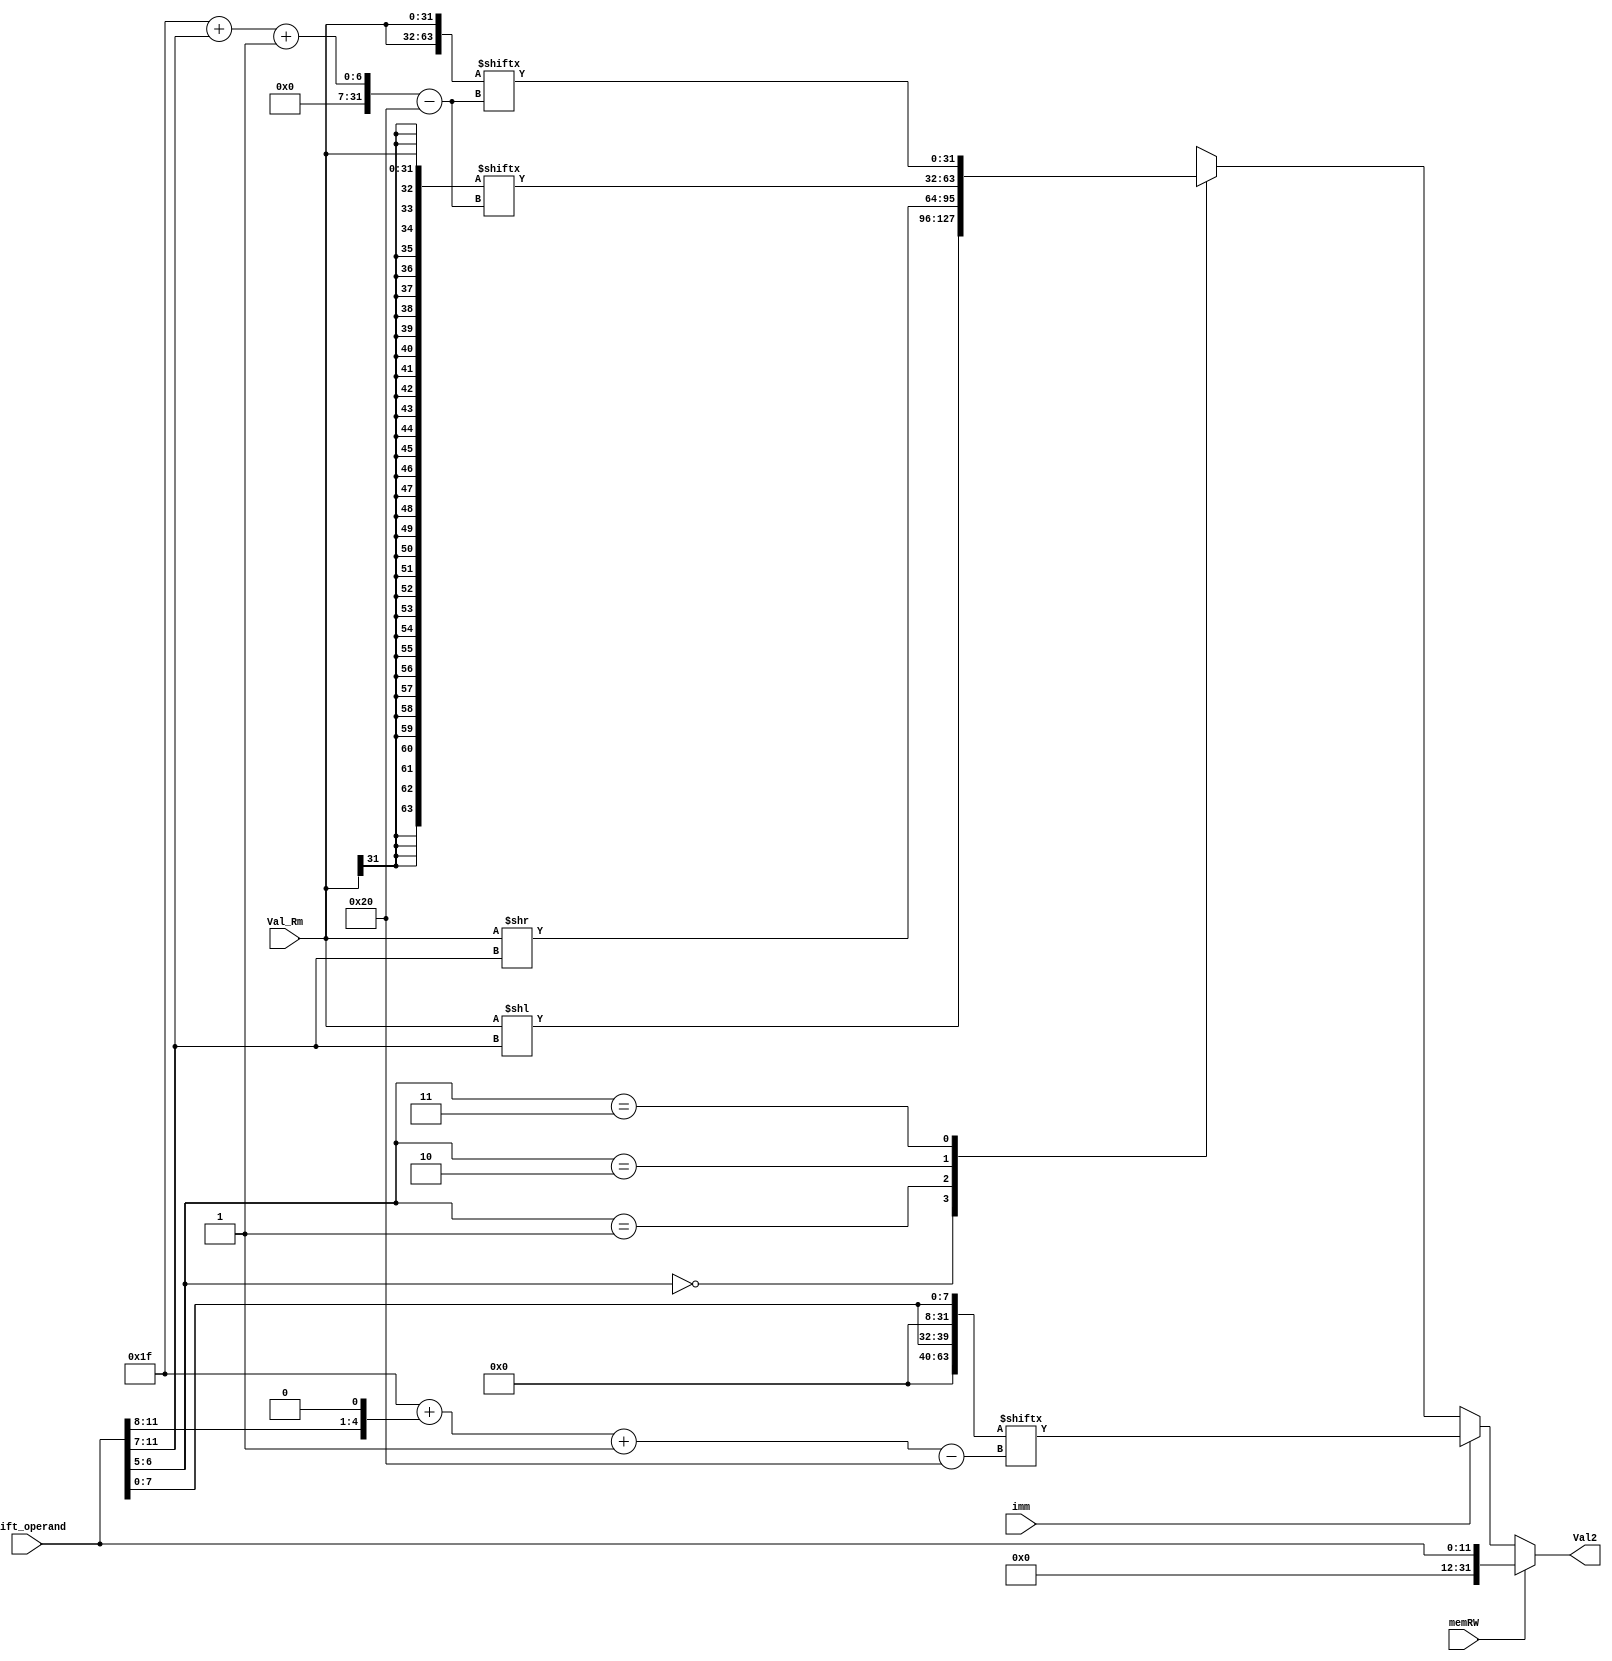
module Val2_Generator(Val_Rm, imm, memRW, Shift_operand, Val2);
    input [31:0] Val_Rm;
    input [11:0] Shift_operand;
    input imm, memRW;
    output reg [31:0] Val2;

    wire [1:0] shift;
    wire [3:0] rotate_imm; 
    wire [4:0] shift_imm; 
    wire [7:0] immed_8;
    wire [63:0] imm32_rotate, imm_shift_rotate, imm_shift_arithm;

    assign shift = Shift_operand[6:5];
    assign shift_imm = Shift_operand[11:7];
    assign imm32_rotate = {2{24'b0, immed_8}};
    assign imm_shift_arithm = {{32{Val_Rm[31]}}, Val_Rm};
    assign imm_shift_rotate = {2{Val_Rm}};
    assign {rotate_imm, immed_8} = Shift_operand;

    always @(Val_Rm, Shift_operand, imm, memRW) begin
        if(memRW) begin: LDR_STR
            Val2 = {20'b0, Shift_operand};
        end
        else if(imm) begin: immediate32
            Val2 = imm32_rotate[31 + (rotate_imm << 1) -: 32];
        end
        else begin: immediateShifts
            case(shift)
                2'b00: begin: LSL
                    Val2 = Val_Rm << shift_imm;
                end 
                2'b01: begin: LSR
                    Val2 = Val_Rm >> shift_imm;
                end
                2'b10: begin: ASR
                    Val2 = imm_shift_arithm[31 + shift_imm -: 32];
                end
                2'b11: begin: ROR
                    Val2 = imm_shift_rotate[31 + shift_imm -: 32];
                end
                default: Val2 = 32'bZ;
            endcase
        end
    end



endmodule